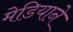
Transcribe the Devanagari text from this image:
मेडियाने